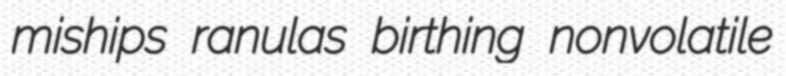
miships ranulas birthing nonvolatile